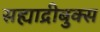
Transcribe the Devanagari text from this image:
सह्याद्रीबुक्स